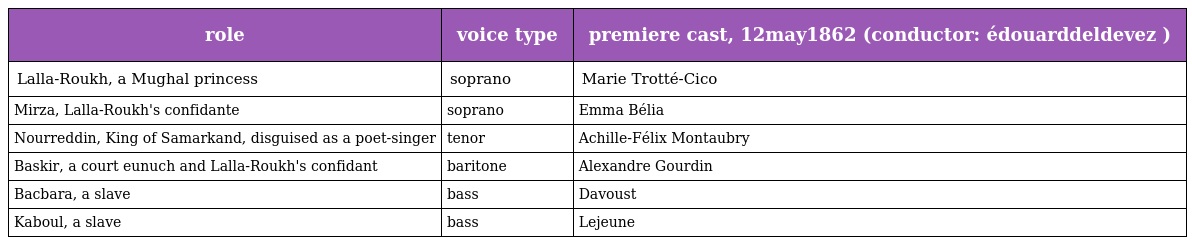
| role | voice type | premiere cast, 12may1862 (conductor: édouarddeldevez ) |
 | --- | --- | --- |
 | Lalla-Roukh, a Mughal princess | soprano | Marie Trotté-Cico |
 | Mirza, Lalla-Roukh's confidante | soprano | Emma Bélia |
 | Nourreddin, King of Samarkand, disguised as a poet-singer | tenor | Achille-Félix Montaubry |
 | Baskir, a court eunuch and Lalla-Roukh's confidant | baritone | Alexandre Gourdin |
 | Bacbara, a slave | bass | Davoust |
 | Kaboul, a slave | bass | Lejeune |